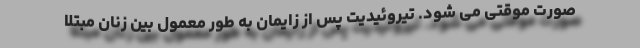
صورت موقتی می شود. تیروئیدیت پس از زایمان به طور معمول بین زنان مبتلا